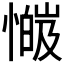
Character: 𫻅